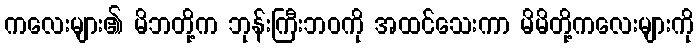
ကလေးများ၏ မိဘတို့က ဘုန်းကြီးဘဝကို အထင်သေးကာ မိမိတို့ကလေးများကို